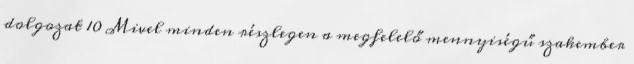
dolgozat 10 Mivel minden részlegen a megfelelő mennyiségű szakember